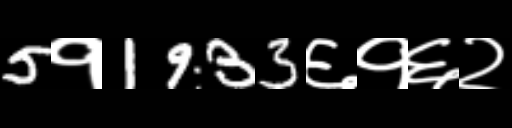
Text: 5१1933६१६२